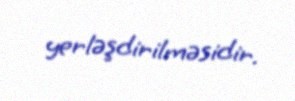
yerləşdirilməsidir.